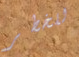
للخطر